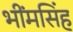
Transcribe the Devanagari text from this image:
भींमसिंह